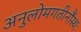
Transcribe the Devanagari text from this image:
अनुलोमगतीनौंस्थः